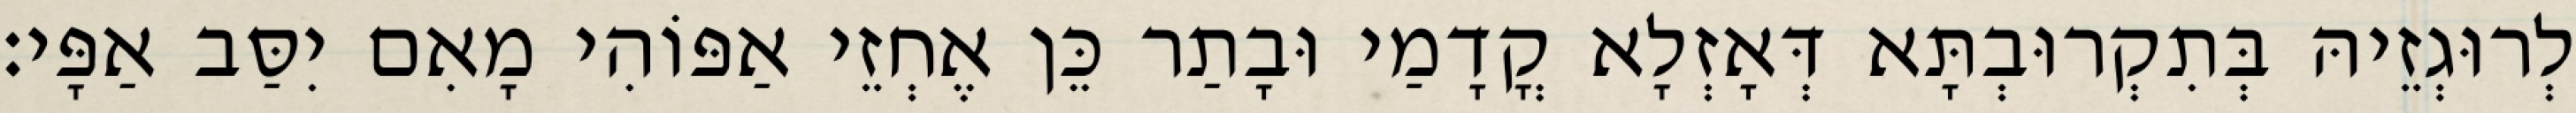
לְרוּגְזֵיהּ בְּתִקְרוּבְתָּא דְּאָזְלָא קֳדָמַי וּבָתַר כֵּן אֶחְזֵי אַפּוֹהִי מָאִם יִסַּב אַפָּי׃